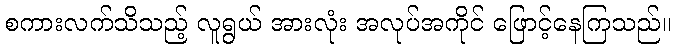
စကားလက်သိသည့် လူရွယ် အားလုံး အလုပ်အကိုင် ဖြောင့်နေကြသည်။